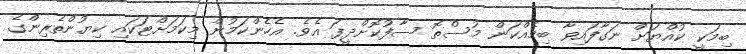
ބިމަކީ ކުއްޔަށް ނަގާފައިވާ ބިމެއްކަން މުސްތޮ ސާފުކޮށްދީފަ އެވެ. އެހެންކަމުން މިކަމަށްޓަކައި ކިޔުންތެރިންގެ